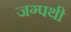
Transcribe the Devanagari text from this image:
जग्पथी